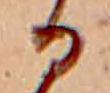
る